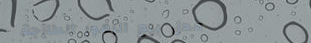
محل بيع الزهور الطازجة